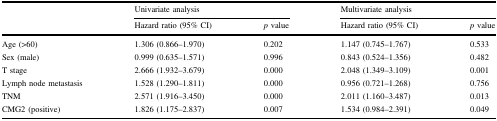
|  | <COLSPAN=2> Univariate analysis | <COLSPAN=2> Multivariate analysis |
 |  | Hazard ratio (95% CI) | p value | Hazard ratio (95% CI) | p value |
 | --- | --- | --- | --- | --- |
 | Age (>60) | 1.306 (0.866–1.970) | 0.202 | 1.147 (0.745–1.767) | 0.533 |
 | Sex (male) | 0.999 (0.635–1.571) | 0.996 | 0.843 (0.524–1.356) | 0.482 |
 | T stage | 2.666 (1.932–3.679) | 0.000 | 2.048 (1.349–3.109) | 0.001 |
 | Lymph node metastasis | 1.528 (1.290–1.811) | 0.000 | 0.956 (0.721–1.268) | 0.756 |
 | TNM | 2.571 (1.916–3.450) | 0.000 | 2.011 (1.160–3.487) | 0.013 |
 | CMG2 (positive) | 1.826 (1.175–2.837) | 0.007 | 1.534 (0.984–2.391) | 0.049 |